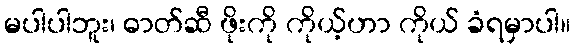
မပါပါဘူး၊ ဓာတ်ဆီ ဖိုးကို ကိုယ့်ဟာ ကိုယ် ခံရမှာပါ။